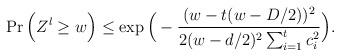
LaTeX: \begin{align*}\Pr\Big(Z^l \ge w\Big)&\le \exp\Big(-\frac{(w - t(w-D/2))^2}{2(w-d/2)^2\sum_{i=1}^{t}c_i^2} \Big).\end{align*}